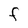
Character: F